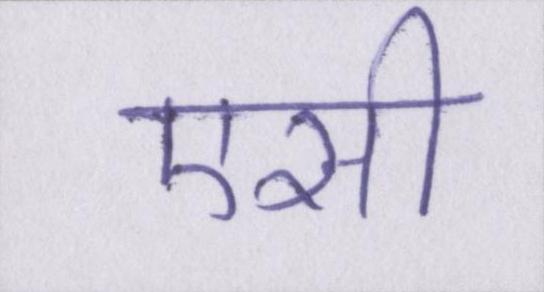
एसी